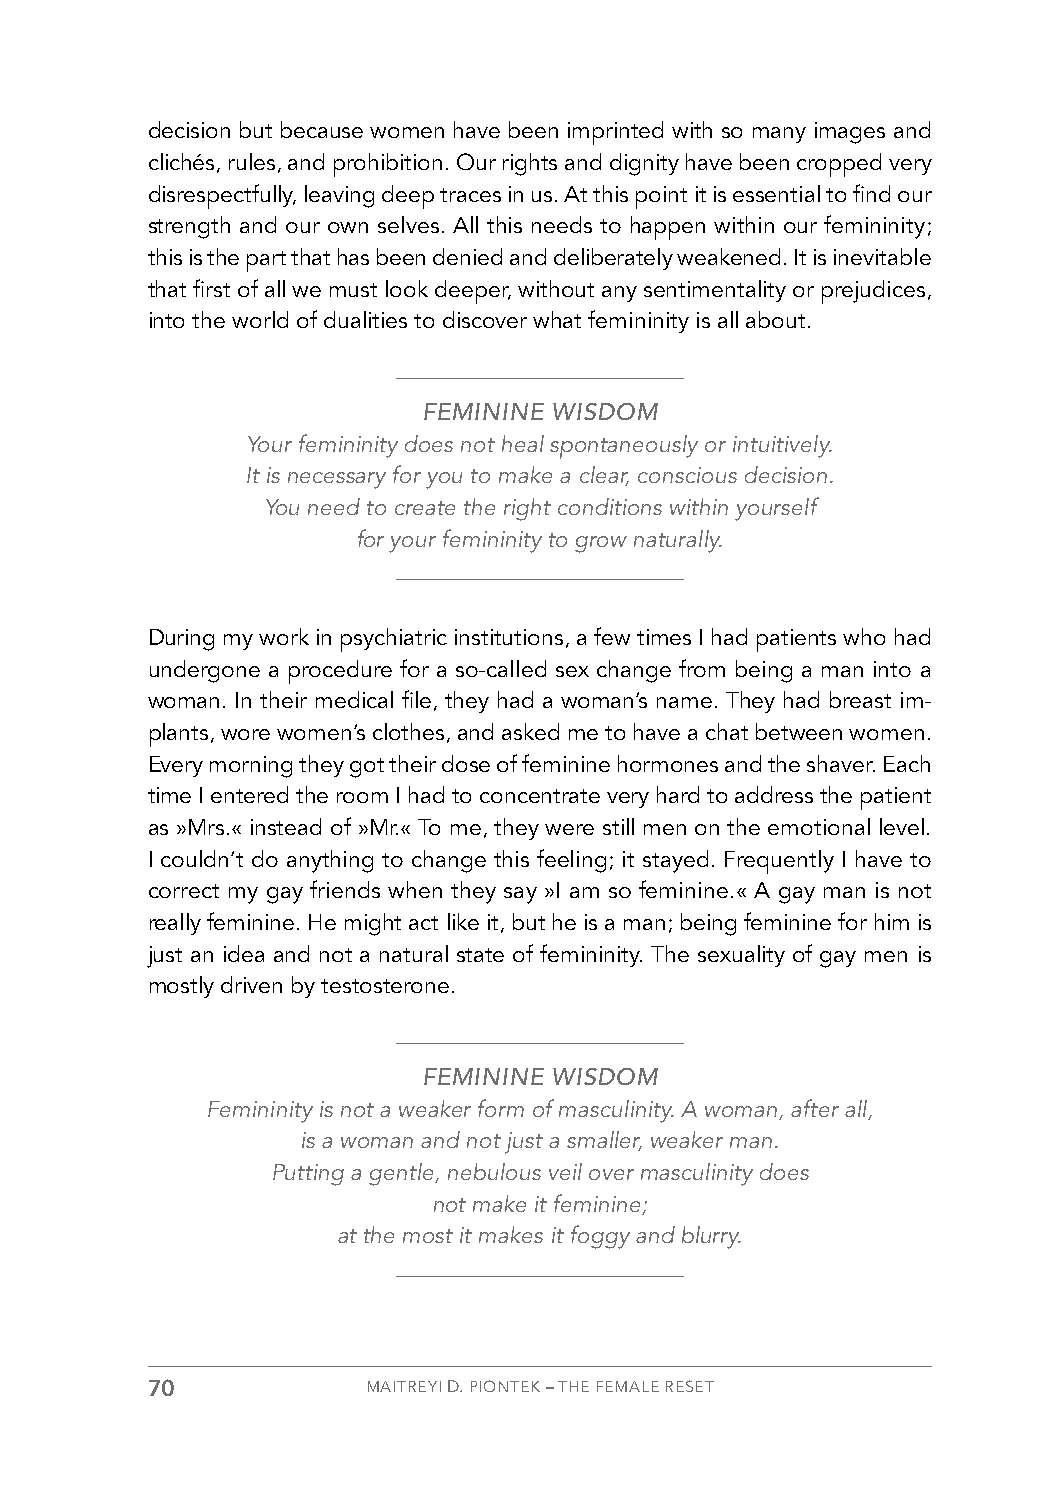
decision but because women have been imprinted with so many images and
 clichés, rules, and prohibition. Our rights and dignity have been cropped very
 disrespectfully, leaving deep traces in us. At this point it is essential to find our
 strength and our own selves. All this needs to happen within our femininity;
 this is the part that has been denied and deliberately weakened. It is inevitable
 that first of all we must look deeper, without any sentimentality or prejudices,
 into the world of dualities to discover what femininity is all about.
 FEMININE WISDOM
 Your femininity does not heal spontaneously or intuitively.
 It is necessary for you to make a clear, conscious decision.
 You need to create the right conditions within yourself
 for your femininity to grow naturally.
 During my work in psychiatric institutions, a few times I had patients who had
 undergone a procedure for a so-called sex change from being a man into a
 woman. In their medical file, they had a woman’s name. They had breast im-
 plants, wore women’s clothes, and asked me to have a chat between women.
 Every morning they got their dose of feminine hormones and the shaver. Each
 time I entered the room I had to concentrate very hard to address the patient
 as »Mrs.« instead of »Mr.« To me, they were still men on the emotional level.
 I couldn’t do anything to change this feeling; it stayed. Frequently I have to
 correct my gay friends when they say »I am so feminine.« A gay man is not
 really feminine. He might act like it, but he is a man; being feminine for him is
 just an idea and not a natural state of femininity. The sexuality of gay men is
 mostly driven by testosterone.
 FEMININE WISDOM
 Femininity is not a weaker form of masculinity. A woman, after all,
 is a woman and not just a smaller, weaker man.
 Putting a gentle, nebulous veil over masculinity does
 not make it feminine;
 at the most it makes it foggy and blurry.
 70            MAITREYI D. PIONTEK – THE FEMALE RESET